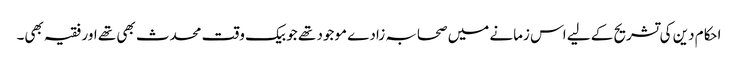
احکام دین کی تشریح کے لیے اس زمانے میں صحابہ زادے موجود تھے جو بیک وقت محدث بھی تھے اور فقیہ بھی۔